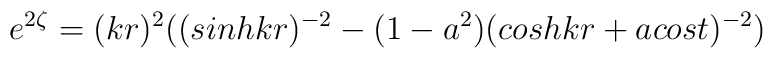
e^{2\zeta} = (kr)^2\bigl ( (sinhkr)^{-2} - (1 - a^2)(coshkr + acost)^{-2}\bigr)